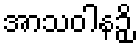
အာသဝါနဉှိ